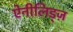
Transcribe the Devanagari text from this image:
ऐनीलिड्ज़